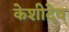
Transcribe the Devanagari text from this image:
केशीदेव